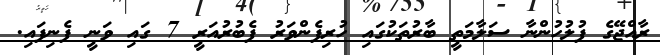
ރާއްޖޭގެ ފުލުހުންނާ ސަލާމަތީ ބާރުތަކުގައި ހުރިފެންވަރު ފެބުރުއަރީ 7 ގައި ވަނީ ފެނިފައި.